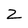
Character: Z